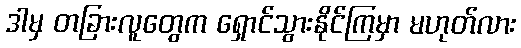
ဒါမှ တခြားလူတွေက ရှောင်သွားနိုင်ကြမှာ မဟုတ်လား